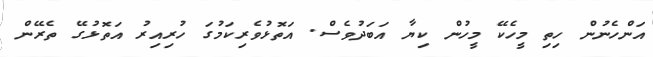
އަންހެނުން ހިތި މީހެކޭ މީހުން ކިޔާ އަބަދުވެސް. އަތޮޅުވެރިކަމުގަ ހުރިއިރު އަތޮޅުގޭ ތެރޭން